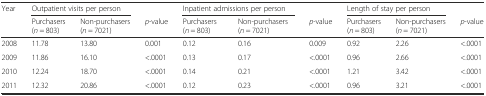
<table><thead><tr><td rowspan="2"><b>Year</b></td><td colspan="2"><b>Outpatient visits per person</b></td><td></td><td colspan="2"><b>Inpatient admissions per person</b></td><td></td><td colspan="2"><b>Length of stay per person</b></td><td></td></tr><tr><td><b>Purchasers (<i>n</i> = 803)</b></td><td><b>Non-purchasers (<i>n</i> = 7021)</b></td><td><b><i>p</i>-value</b></td><td><b>Purchasers (<i>n</i> = 803)</b></td><td><b>Non-purchasers (<i>n</i> = 7021)</b></td><td><b><i>p</i>-value</b></td><td><b>Purchasers (<i>n</i> = 803)</b></td><td><b>Non-purchasers (<i>n</i> = 7021)</b></td><td><b><i>p</i>-value</b></td></tr></thead><tbody><tr><td>2008</td><td>11.78</td><td>13.80</td><td>0.001</td><td>0.12</td><td>0.16</td><td>0.009</td><td>0.92</td><td>2.26</td><td>&lt;.0001</td></tr><tr><td>2009</td><td>11.86</td><td>16.10</td><td>&lt;.0001</td><td>0.13</td><td>0.17</td><td>&lt;.0001</td><td>0.96</td><td>2.66</td><td>&lt;.0001</td></tr><tr><td>2010</td><td>12.24</td><td>18.70</td><td>&lt;.0001</td><td>0.14</td><td>0.21</td><td>&lt;.0001</td><td>1.21</td><td>3.42</td><td>&lt;.0001</td></tr><tr><td>2011</td><td>12.32</td><td>20.86</td><td>&lt;.0001</td><td>0.12</td><td>0.23</td><td>&lt;.0001</td><td>0.96</td><td>3.21</td><td>&lt;.0001</td></tr></tbody></table>